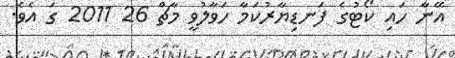
އޭނާ ހައި ކޯޓުގެ ފަނޑިޔާރުކަމާ ހަވާލުވީ މާޗް 26 2011 ގަ އެވެ.